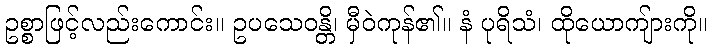
ဥစ္စာဖြင့်လည်းကောင်း။ ဥပသေဝန္တိ၊ မှီဝဲကုန်၏။ နံ ပုရိသံ၊ ထိုယောကျ်ားကို။